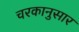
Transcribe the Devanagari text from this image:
चरकानुसार